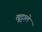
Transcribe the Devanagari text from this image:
खुट्टाले